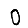
Digit: 0